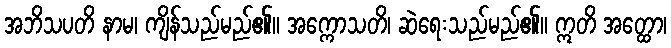
အဘိသပတိ နာမ၊ ကျိန်သည်မည်၏။ အက္ကောသတိ၊ ဆဲရေးသည်မည်၏။ ဣတိ အတ္ထော၊